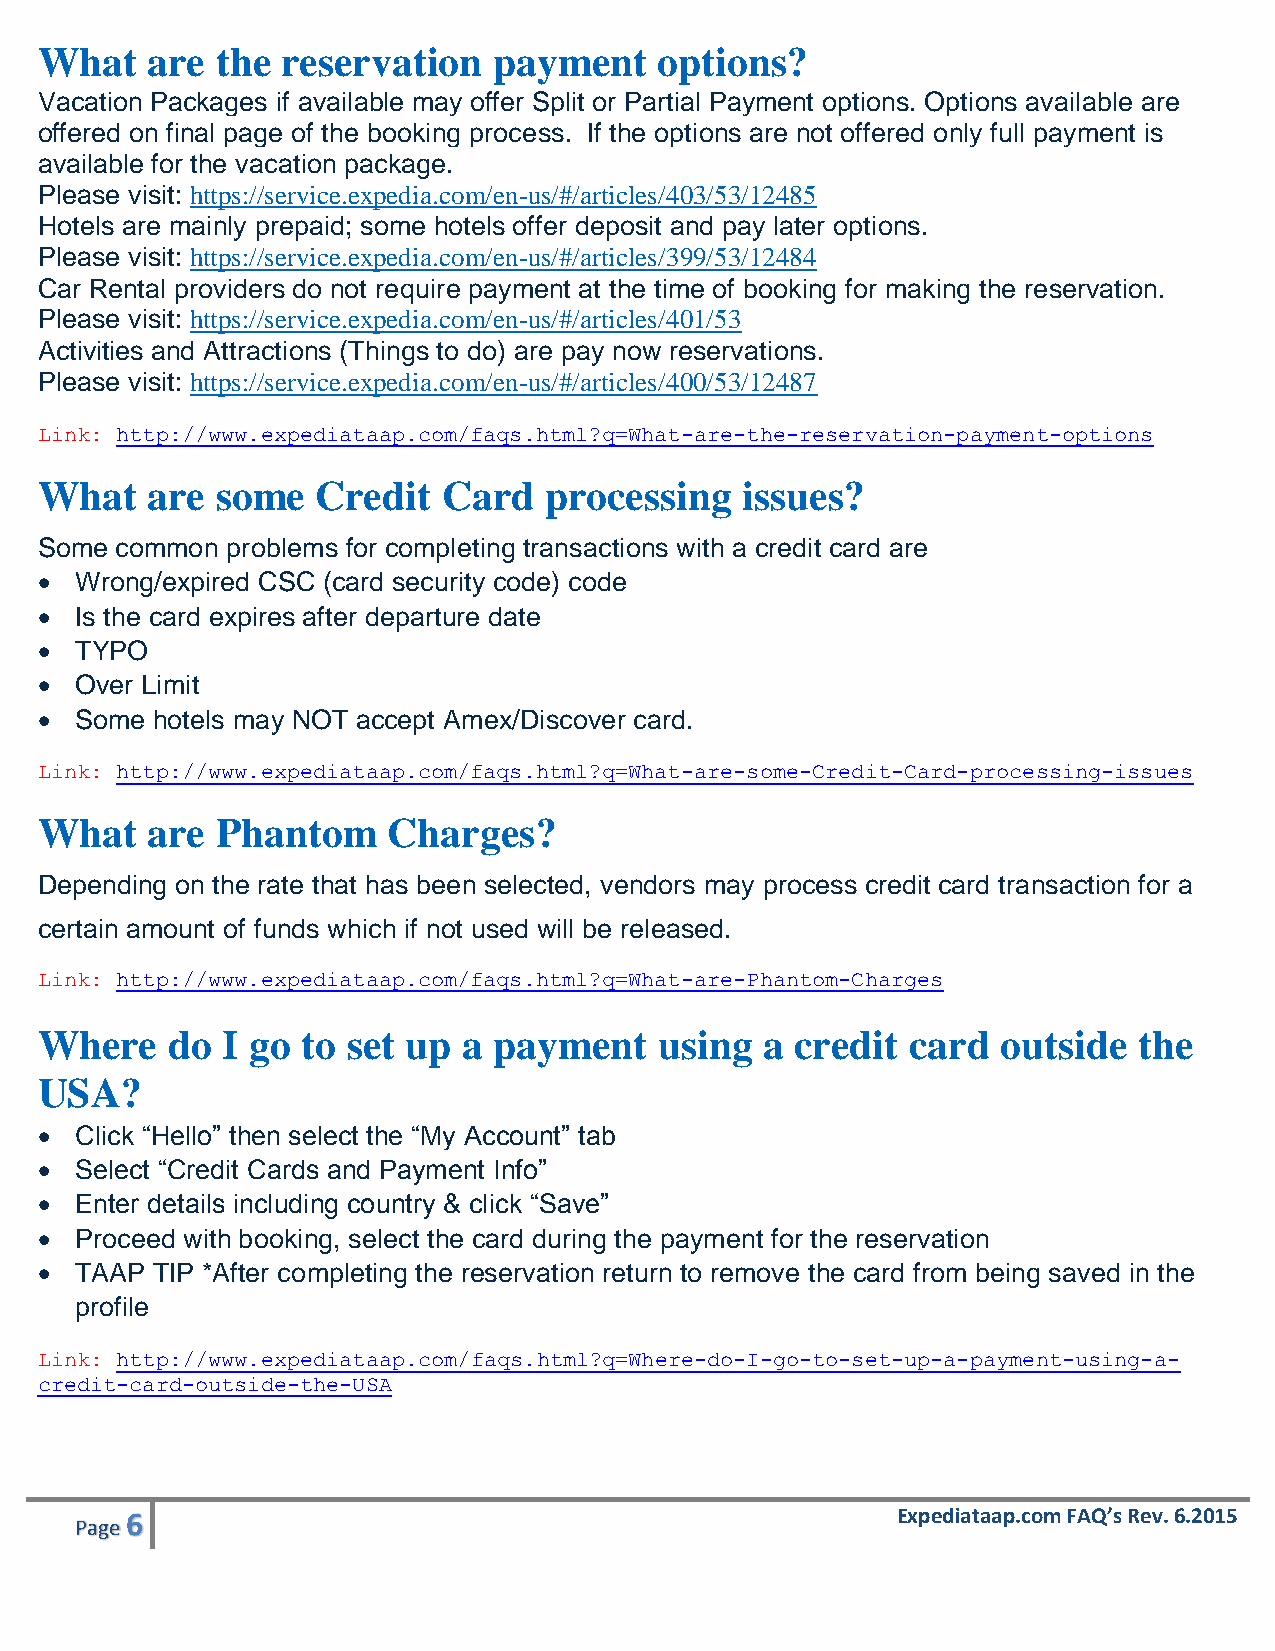
What    are the  reservation   payment    options?
 Vacation Packages if available may offer Split or Partial Payment options. Options available are
 offered on final page of the booking process. If the options are not offered only full payment is
 available for the vacation package.
 Please visit: https://service.expedia.com/en-us/#/articles/403/53/12485
 Hotels are mainly prepaid; some hotels offer deposit and pay later options.
 Please visit: https://service.expedia.com/en-us/#/articles/399/53/12484
 Car Rental providers do not require payment at the time of booking for making the reservation.
 Please visit: https://service.expedia.com/en-us/#/articles/401/53
 Activities and Attractions (Things to do) are pay now reservations.
 Please visit: https://service.expedia.com/en-us/#/articles/400/53/12487
 Link: http://www.expediataap.com/faqs.html?q=What-are-the-reservation-payment-options
 What    are some   Credit  Card   processing   issues?
 Some  common problems for completing transactions with a credit card are
   Wrong/expired CSC (card security code) code
   Is the card expires after departure date
   TYPO
   Over Limit
   Some hotels may NOT accept Amex/Discover card.
 Link: http://www.expediataap.com/faqs.html?q=What-are-some-Credit-Card-processing-issues
 What    are Phantom     Charges?
 Depending on the rate that has been selected, vendors may process credit card transaction for a
 certain amount of funds which if not used will be released.
 Link: http://www.expediataap.com/faqs.html?q=What-are-Phantom-Charges
 Where    do  I go to set up  a payment    using  a credit card  outside  the
 USA?
   Click “Hello” then select the “My Account” tab
   Select “Credit Cards and Payment Info”
   Enter details including country & click “Save”
   Proceed with booking, select the card during the payment for the reservation
   TAAP TIP *After completing the reservation return to remove the card from being saved in the
 profile
 Link: http://www.expediataap.com/faqs.html?q=Where-do-I-go-to-set-up-a-payment-using-a-
 credit-card-outside-the-USA
 6                                                  Expediataap.com FAQ’s Rev. 6.2015
 Page